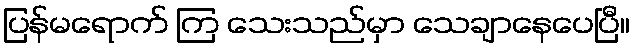
ပြန်မရောက် ကြ သေးသည်မှာ သေချာနေပေပြီ။